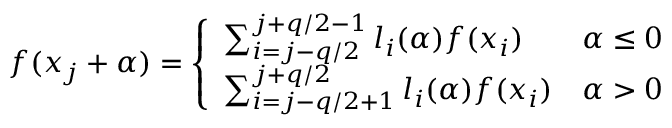
\begin{array} { r } { f ( x _ { j } + \alpha ) = \left\{ \begin{array} { l l } { \sum _ { i = j - q / 2 } ^ { j + q / 2 - 1 } l _ { i } ( \alpha ) f ( x _ { i } ) } & { \alpha \leq 0 } \\ { \sum _ { i = j - q / 2 + 1 } ^ { j + q / 2 } l _ { i } ( \alpha ) f ( x _ { i } ) } & { \alpha > 0 } \end{array} \right. } \end{array}